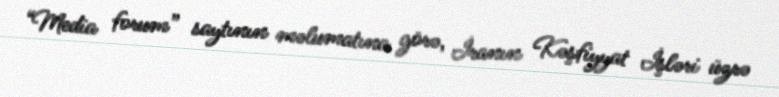
“Media forum” saytının məlumatına görə, İranın Kəşfiyyat İşləri üzrə